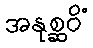
အနုစ္ဆဝိံ